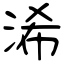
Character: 浠